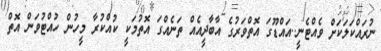
ނުރައްކަލަކަށް ވެއްޓެނީ..އައްޑޫގަ އޮތްވަރުގެ އާބާދީއެއް ތަނެއްގަ އޮތުމަކީ ކުއްކުރާ މީހުން ހުއްޓުވަން އޮތް